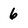
Character: 6